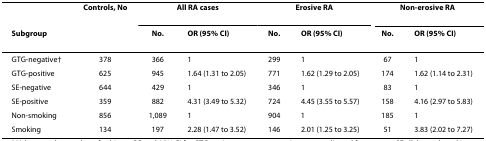
|  | Controls, No | <COLSPAN=2> All RA cases | <COLSPAN=2> Erosive RA | <COLSPAN=2> Non-erosive RA |
 | Subgroup |  | No. | OR (95% CI) | No. | OR (95% CI) | No. | OR (95% CI) |
 | --- | --- | --- | --- | --- | --- | --- | --- |
 | GTG-negative† | 378 | 366 | 1 | 299 | 1 | 67 | 1 |
 | GTG-positive | 625 | 945 | 1.64 (1.31 to 2.05) | 771 | 1.62 (1.29 to 2.05) | 174 | 1.62 (1.14 to 2.31) |
 | SE-negative | 644 | 429 | 1 | 346 | 1 | 83 | 1 |
 | SE-positive | 359 | 882 | 4.31 (3.49 to 5.32) | 724 | 4.45 (3.55 to 5.57) | 158 | 4.16 (2.97 to 5.83) |
 | Non-smoking | 856 | 1,089 | 1 | 904 | 1 | 185 | 1 |
 | Smoking | 134 | 197 | 2.28 (1.47 to 3.52) | 146 | 2.01 (1.25 to 3.25) | 51 | 3.83 (2.02 to 7.27) |